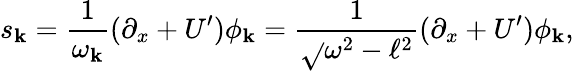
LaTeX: s_{\mathbf{k}}=\frac{{1}}{{\omega_{\mathbf{k}}}}(\partial_{x}+U{'})\phi_{\mathbf{k}}=\frac{{1}}{{\sqrt{}{{\omega^{2}-\ell^{2}}}}}(\partial_{x}+U{'})\phi_{\mathbf{k}},